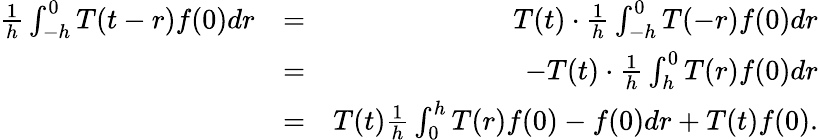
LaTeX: \begin{array}{rlr}{\frac{1}{h}\int_{-h}^{0}T(t-r)f(0)dr}&{=}&{T(t)\cdot\frac{1}{h}\int_{-h}^{0}T(-r)f(0)dr}\\ &{=}&{-T(t)\cdot\frac{1}{h}\int_{h}^{0}T(r)f(0)dr}\\ &{=}&{T(t)\frac{1}{h}\int_{0}^{h}T(r)f(0)-f(0)dr+T(t)f(0).}\end{array}